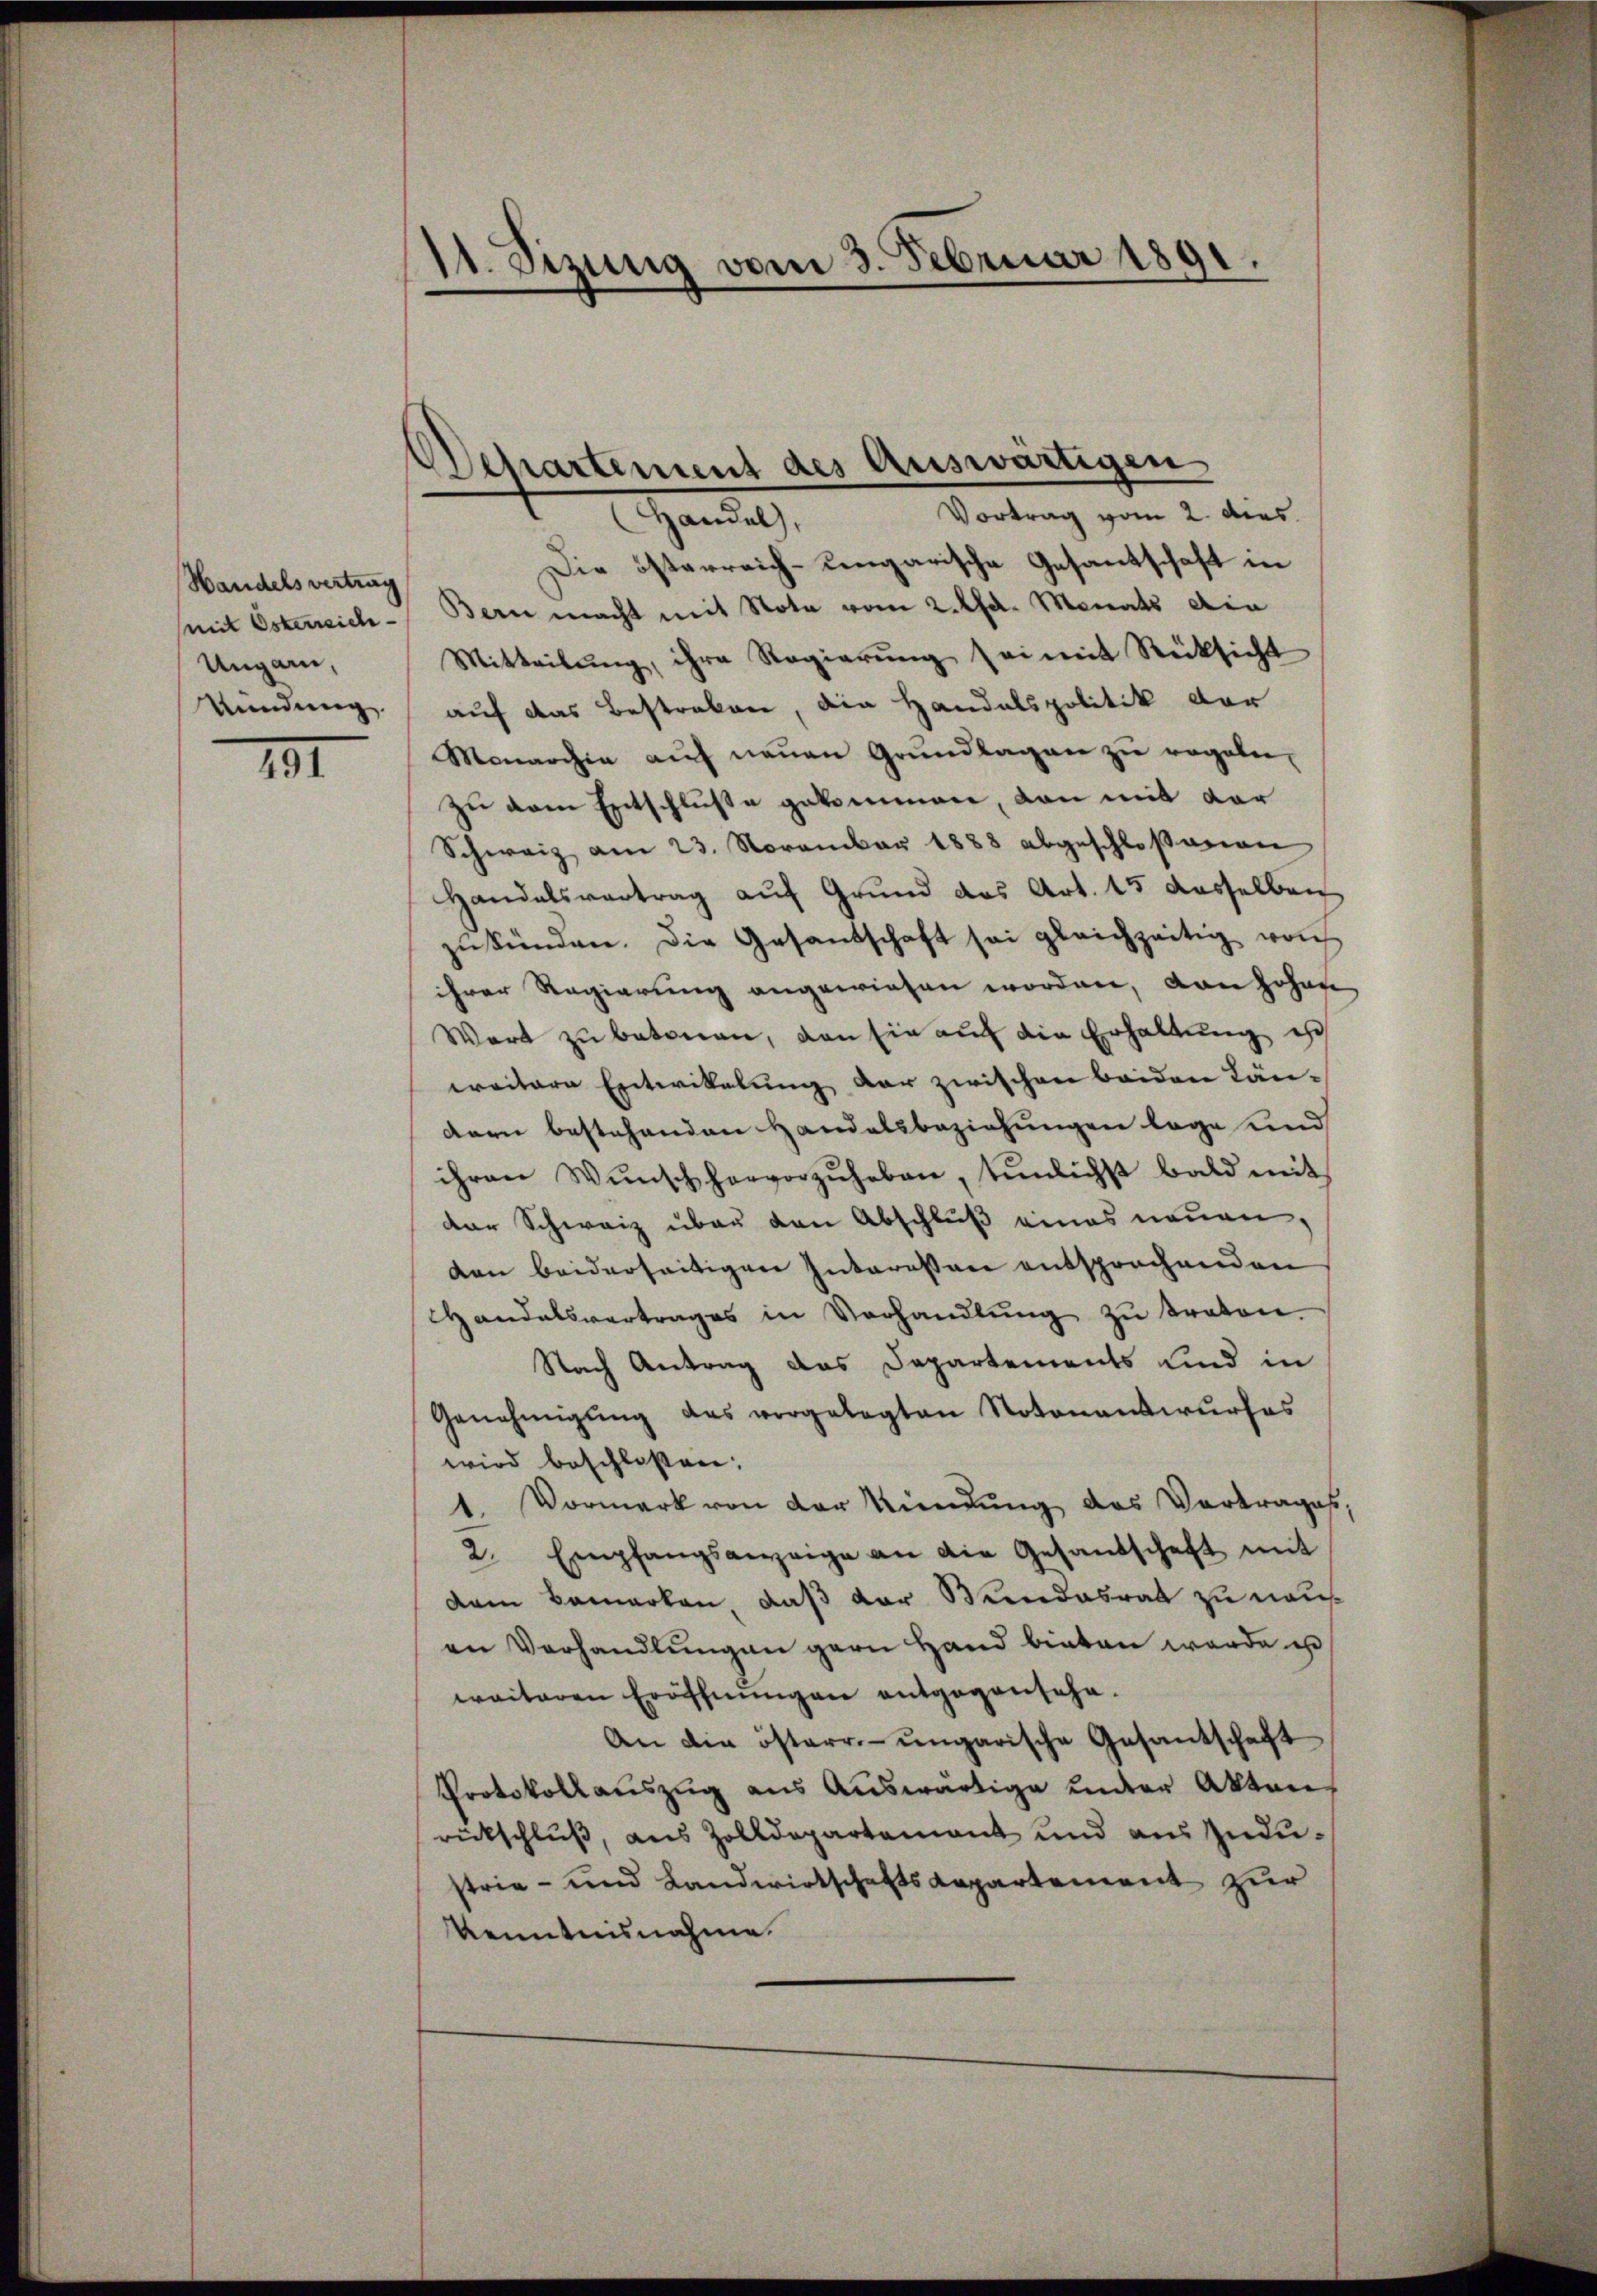
Handels vertrag
Ungarn,

191

11. Sizung vom 3. Februar 1891.

Die österreich-Lengarische Gesantschaft in
mit Osterreich Bern macht mit Note vom 2. Aa. Monats die
Mitteilŭng, ihre Regierŭng sei mit Rücksicht
kündung auf das Bestraben, die Handelspolitik der
Monarchia auf neuen Grundlagen zu regeln,
zu dem Entschluße gekommen, von mit der
Schweiz am 23. November 1888 abgeschloßenen
Handalsvertrag auf Grund das Art. 15 dasselben
zŭkünden. Die Gesandschaft sei gleichzeitig von
ihrer Regierung angewiesen worden, von Johan
Wart zu betonen, den sie auf die Erhaltung ist
weitere Entwikalung der zwischen beiden Ländern bestehenden Handelsbeziehungen lage und
ihren Wŭnsch hervorzŭheben, tŭnlichst bald mit
der Schweiz über den Abschluß eines neuen.
den beiderseitigen Interessen entsprochenden
handelsvertrages in Verhandlŭng zŭ traten.
Nach Antrag das Departements und in
Genehmigung des vorgelegten Notenantwurfes
wird beschlossen:
1. Vormerk von der Kündung des Vortrages,
2. Empfangsanzeige an die Gesandschaft mit
dam bemerken, daß der Wendesrat zu nausan Verhandlungen gern Hand bieten werde ist
weiteren Eröffnungen entgegensehe.
An die österr.-ungarische Gesantschaft
Protokollauszug aus Auswärtige unter Aktenrückschlŭβ, aus Zolldepartamant und aus Industrie- und Landwirtschaftsdepartement zur
Kenntnisnahme.

Departement des Auswärtigen
Vortrag vom 2. dies
 Handel,